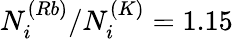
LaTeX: N_{i}^{(Rb)}/N_{i}^{(K)}=1.15